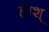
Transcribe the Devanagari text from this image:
होश्